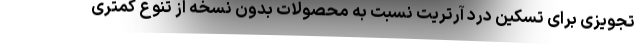
تجویزی برای تسکین درد آرتریت نسبت به محصولات بدون نسخه از تنوع کمتری